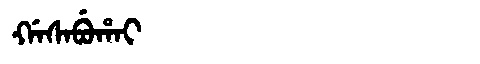
Manchu: ᡤᠠᠰᠠᠪᡠᡥᠠᡳ
Romanization: GASABUHAI